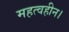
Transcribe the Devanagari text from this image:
महत्वहीन।